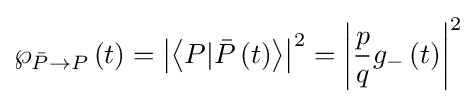
\wp _{{\bar {P}}\to P}\left(t\right)=\left|\left\langle P|{\bar {P}}\left(t\right)\right\rangle \right|^{2}=\left|{\frac {p}{q}}g_{-}\left(t\right)\right|^{2}